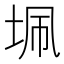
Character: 𭎖